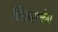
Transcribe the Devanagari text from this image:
क्लिन्समैन